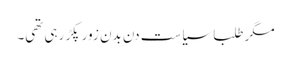
مگر طلبا سیاست دن بدن زور پکڑ رہی تھی۔